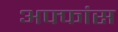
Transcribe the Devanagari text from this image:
अफ्फांस